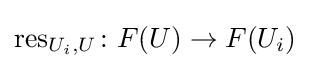
\operatorname {res} _{U_{i},U}\colon F(U)\rightarrow F(U_{i})